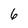
Character: 6